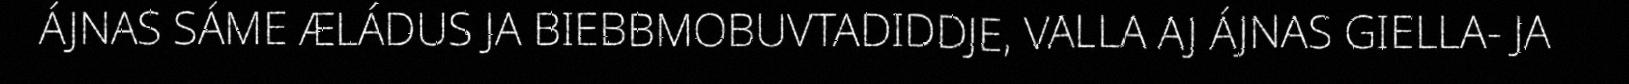
ÁJNAS SÁME ÆLÁDUS JA BIEBBMOBUVTADIDDJE, VALLA AJ ÁJNAS GIELLA- JA